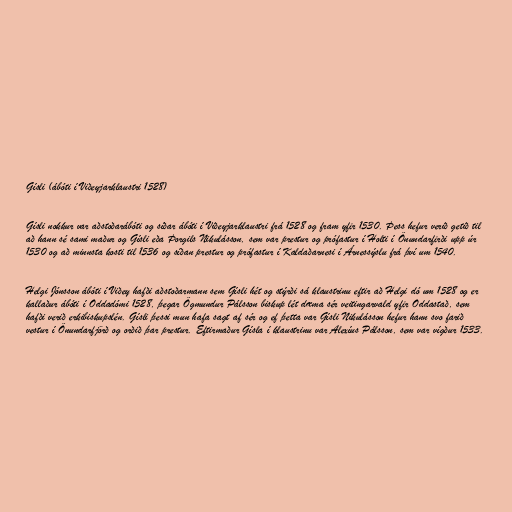
Gísli (ábóti í Viðeyjarklaustri 1528)

Gísli nokkur var aðstoðarábóti og síðar ábóti í Viðeyjarklaustri frá 1528 og fram yfir 1530. Þess hefur verið getið til
að hann sé sami maður og Gísli eða Þorgils Nikulásson, sem var prestur og prófastur í Holti í Önundarfirði upp úr
1530 og að minnsta kosti til 1536 og síðan prestur og prófastur í Kaldaðarnesi í Árnessýslu frá því um 1540.

Helgi Jónsson ábóti í Viðey hafði aðstoðarmann sem Gísli hét og stýrði sá klaustrinu eftir að Helgi dó um 1528 og er
kallaður ábóti í Oddadómi 1528, þegar Ögmundur Pálsson biskup lét dæma sér veitingarvald yfir Oddastað, sem
hafði verið erkibiskupslén. Gísli þessi mun hafa sagt af sér og ef þetta var Gísli Nikulásson hefur hann svo farið
vestur í Önundarfjörð og orðið þar prestur. Eftirmaður Gísla í klaustrinu var Alexíus Pálsson, sem var vígður 1533.